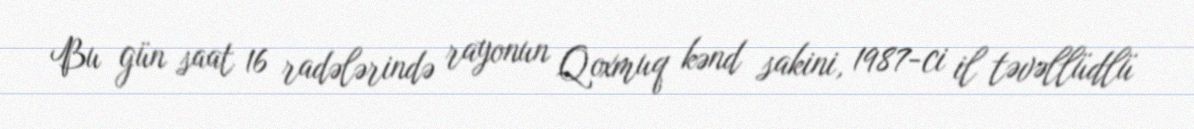
Bu gün saat 16 radələrində rayonun Qoxmuq kənd sakini, 1987-ci il təvəllüdlü